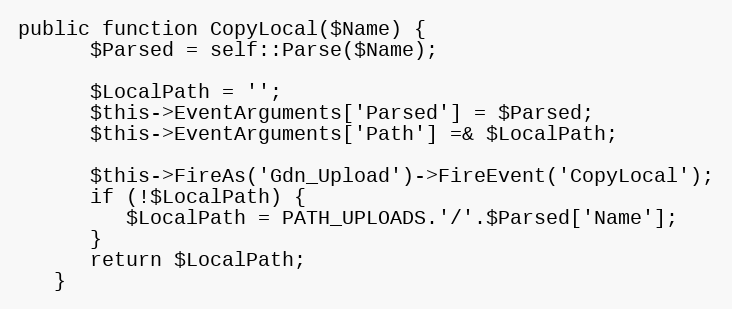
Language: PHP
public function CopyLocal($Name) {
      $Parsed = self::Parse($Name);

      $LocalPath = '';
      $this->EventArguments['Parsed'] = $Parsed;
      $this->EventArguments['Path'] =& $LocalPath;

      $this->FireAs('Gdn_Upload')->FireEvent('CopyLocal');
      if (!$LocalPath) {
         $LocalPath = PATH_UPLOADS.'/'.$Parsed['Name'];
      }
      return $LocalPath;
   }